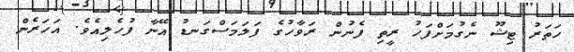
ހަތަރު ޓިޝޫ ނެގުމަށްފަހު ރީތި ފެނުން ރަވާހުގެ ފަލަމަސްގަނޑު އޭނާ ފުހެލިއެވެ. އަހަރެން